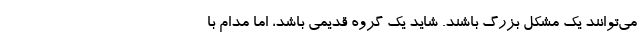
می‌توانند یک مشکل بزرگ باشند. شاید یک گروه قدیمی باشد، اما مدام با